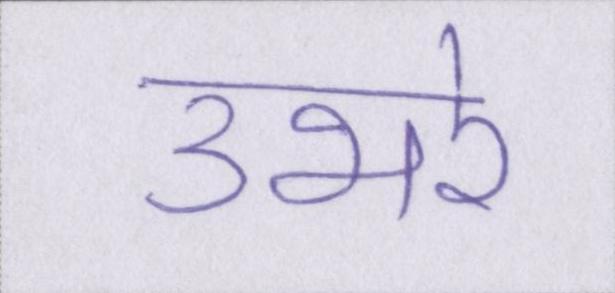
उभरे